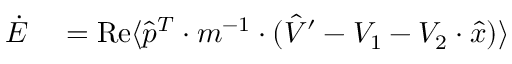
\begin{array} { r l } { \dot { E } } & { { } = \operatorname { R e } \langle \hat { p } ^ { T } \cdot m ^ { - 1 } \cdot ( \hat { V } ^ { \prime } - V _ { 1 } - V _ { 2 } \cdot \hat { x } ) \rangle } \end{array}